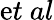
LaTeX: \mathrm{e}t~al